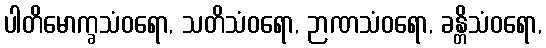
ပါတိမောက္ခသံဝရော, သတိသံဝရော, ဉာဏသံဝရော, ခန္တိသံဝရော,